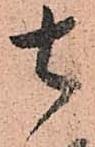
去